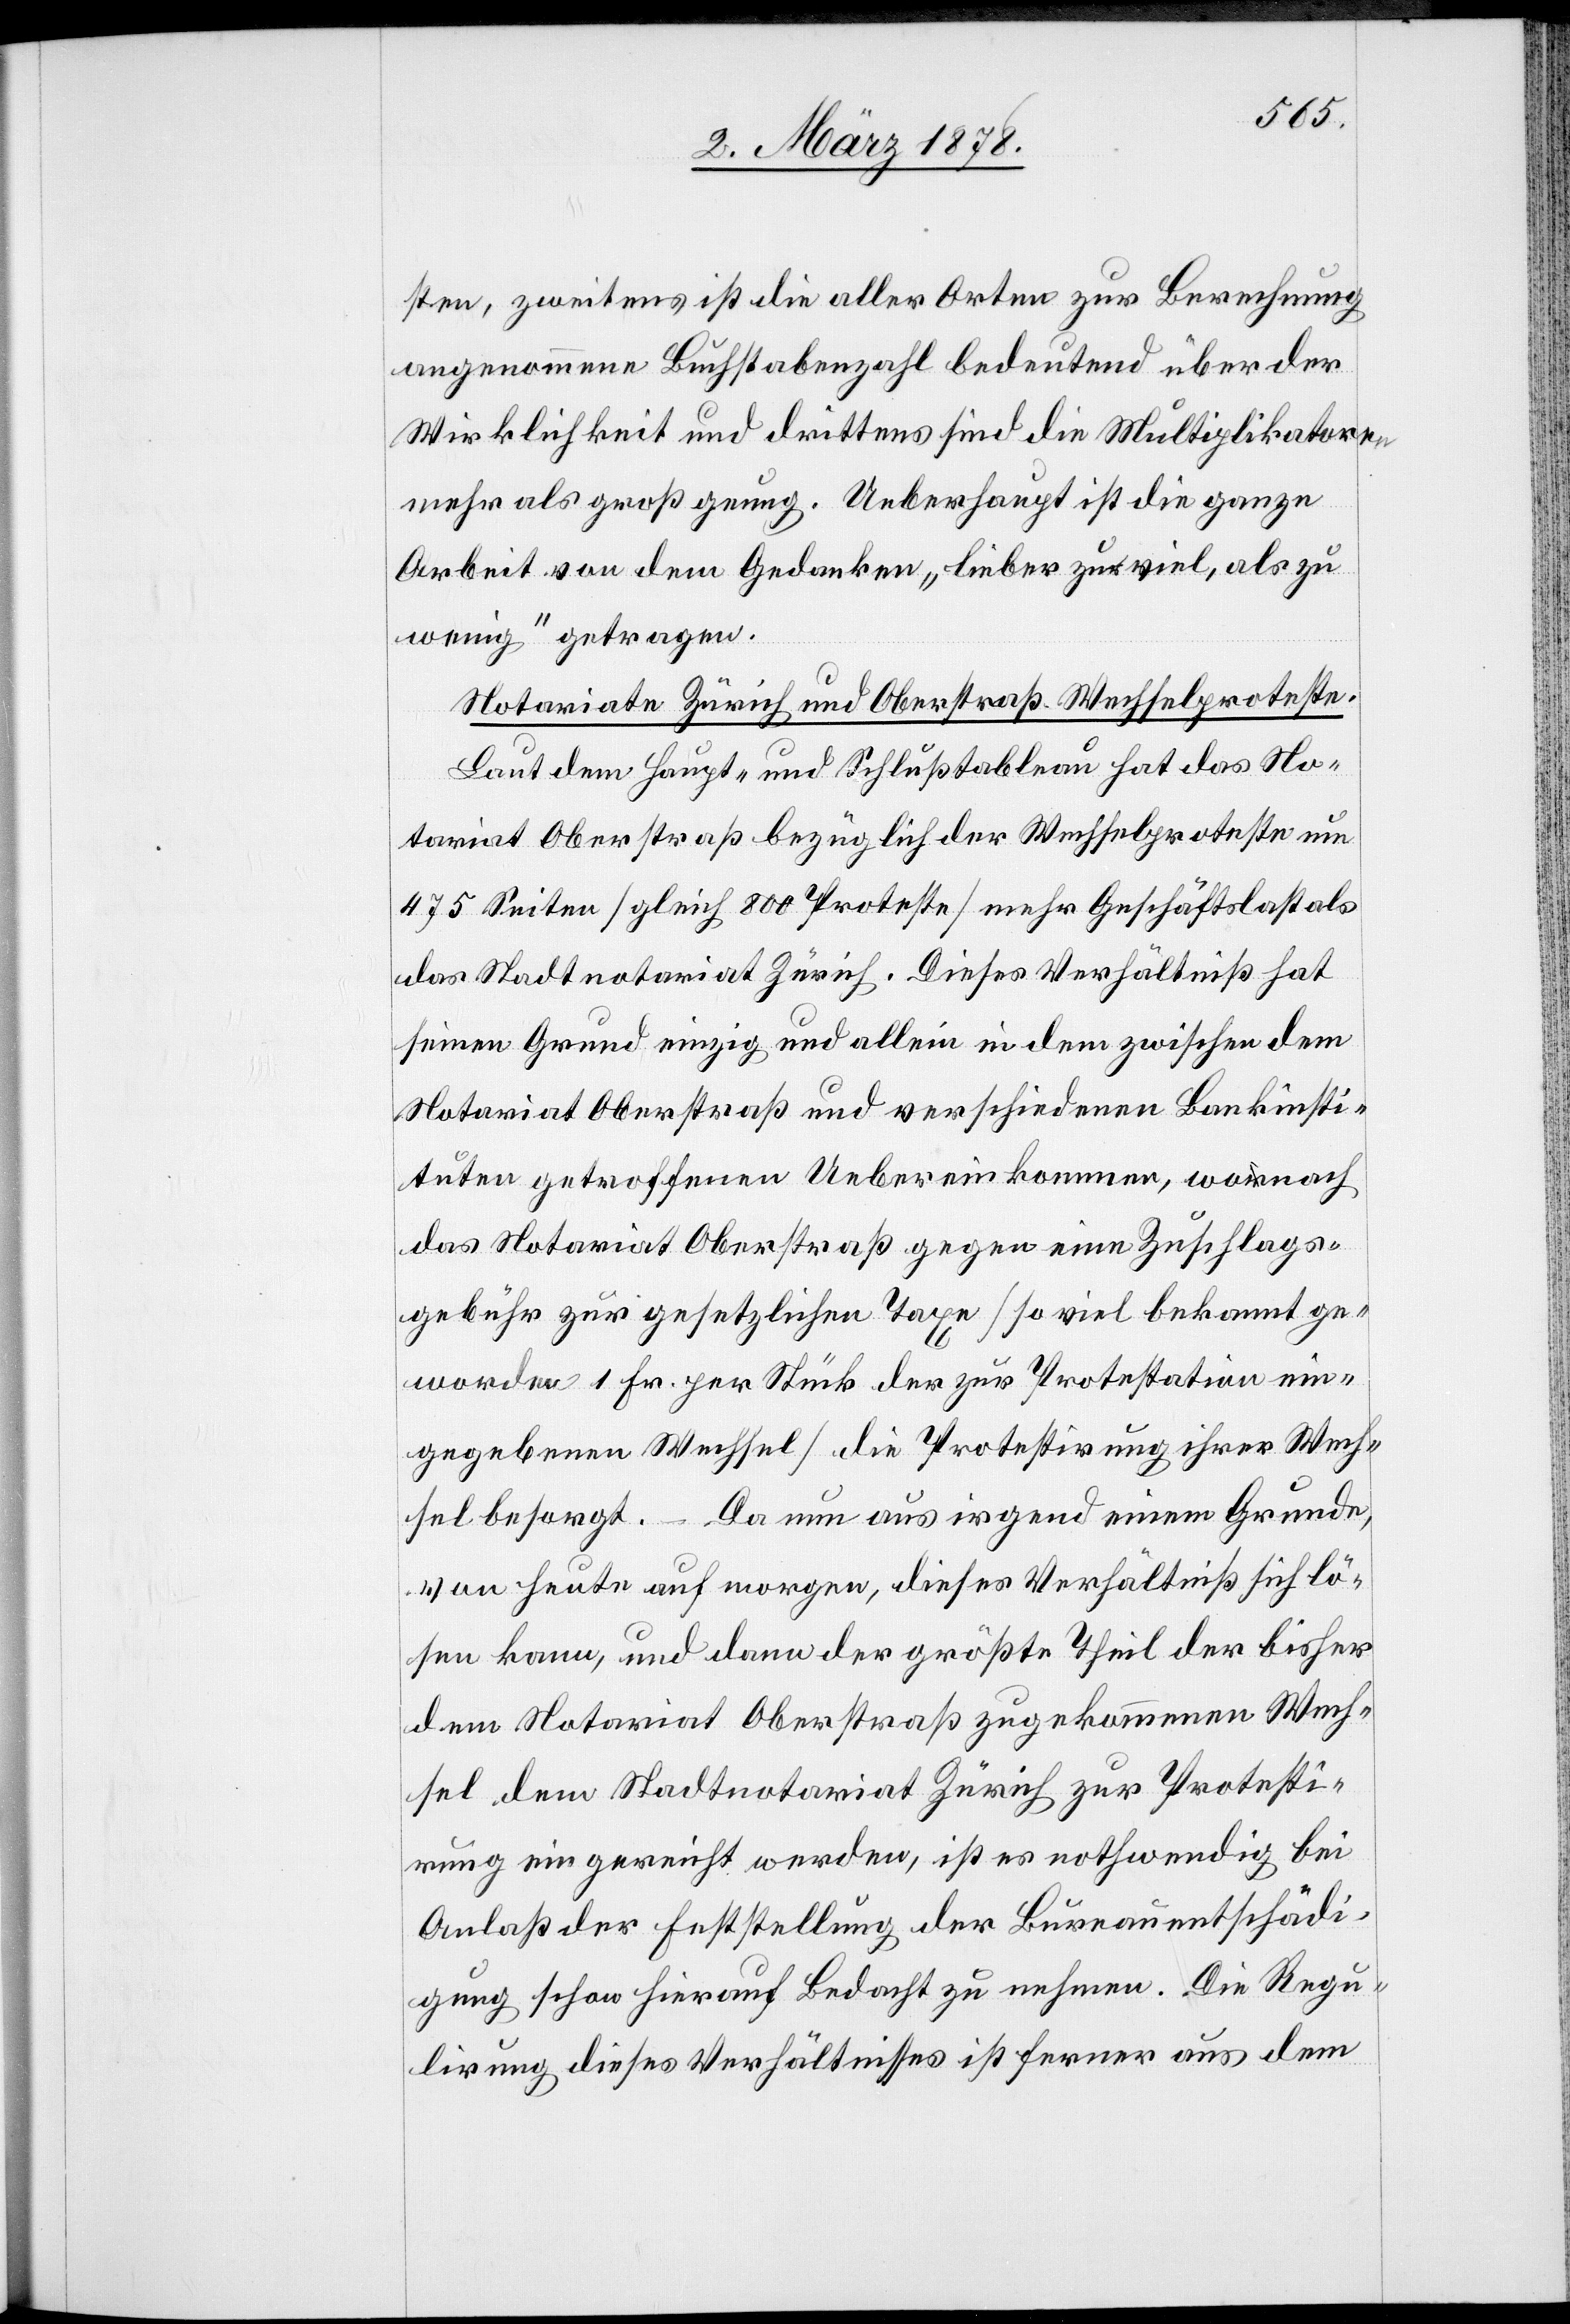
sten, zweitens ist die aller Orten zur Berechnung
angenommene Buchstabenzahl bedeutend über der
Wirklichkeit und drittens sind die Multiplikatoren
mehr als groß genug. Ueberhaupt ist die ganze
Arbeit von dem Gedanken „lieber zu viel, als zu
wenig“ getragen.
Notariate Zürich und Oberstraß. Wechselproteste.
Laut dem Haupt- und Schlußtableau hat das No¬
tariat Oberstraß bezüglich der Wechselproteste nun
475 Seiten (gleich 800 Protseste) mehr Geschäftslast als
das Stadtnotariat Zürich. Dieses Verhältniß hat
seinen Grund einzig und allein in dem zwischen dem
Notariat Oberstraß und verschiedenen Bankinsti¬
tuten getroffenen Uebereinkommen, wonach
das Notariat Oberstraß gegen eine Zuschlags¬
gebühr zur gesetzlichen Taxe (so viel bekannt ge¬
worden 1 Fr. per Stück der zur Protestation ein¬
gegebenen Wechsel) die Protestirung ihrer Wech¬
sel besorgt. Da nun aus irgend einem Grunde,
von heute auf morgen, dieses Verhältniß sich lö¬
sen kann, und dann der größte Theil der bisher
dem Notariat Oberstraß zugekommene Wech¬
sel dem Stadtnotariat Zürich zur Protesti¬
rung eingereicht werden, ist es nothwendig bei
Anlaß der Feststellung der Bureauentschädi¬
gung schon hierauf Bedacht zu nehmen. Die Regu¬
lirung dieses Verhältnisses ist ferner aus dem